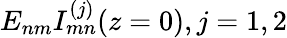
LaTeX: E_{nm}I_{mn}^{(j)}(z=0),j=1,2